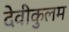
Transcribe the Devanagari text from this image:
देवीकुलम